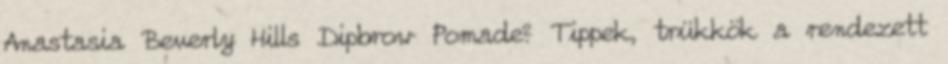
Anastasia Beverly Hills Dipbrow Pomade? Tippek, trükkök a rendezett